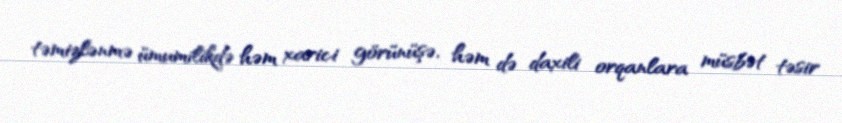
təmizlənmə ümumilikdə həm xarici görünüşə, həm də daxili orqanlara müsbət təsir